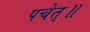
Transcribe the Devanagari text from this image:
पचेत्॥